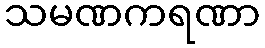
သမဏကရဏာ